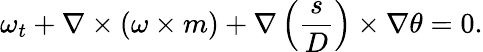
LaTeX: \omega_{t}+\nabla\times(\omega\times m)+\nabla\left(\frac{s}{D}\right)\times\nabla\theta=0.